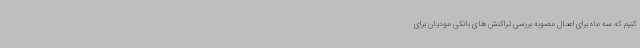
کنیم که سه ماه برای اعمال مصوبه بررسی تراکنش های بانکی مودیان برای